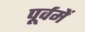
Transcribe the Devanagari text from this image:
पूर्वमें